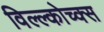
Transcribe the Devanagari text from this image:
विल्ल्कोच्क्स